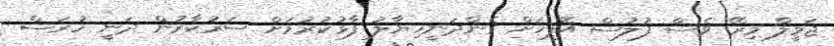
ޖަމީލް މިރޭ ވެސް ފުލުސް އޮފީހަށް ގެންދަނީހިޔާލު ފާޅުކުރުމަށް ސަރުކާރުން ދަނީ ހުރަސް